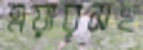
এয়ারসহ